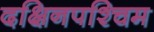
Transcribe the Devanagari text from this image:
दक्षिनपश्चिम